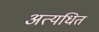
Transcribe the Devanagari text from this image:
अत्यधित